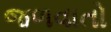
જળવાતો